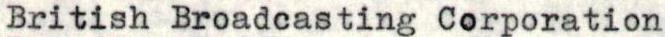
British Broadcasting Corporation